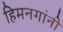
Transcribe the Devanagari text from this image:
हिमनगांनी